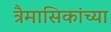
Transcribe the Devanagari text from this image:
त्रैमासिकांच्या